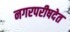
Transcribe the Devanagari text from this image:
नगरपरीषदेत